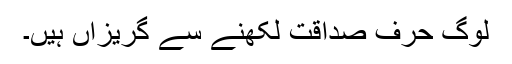
لوگ حرف صداقت لکھنے سے گریزاں ہیں۔